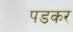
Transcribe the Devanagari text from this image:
पडकर